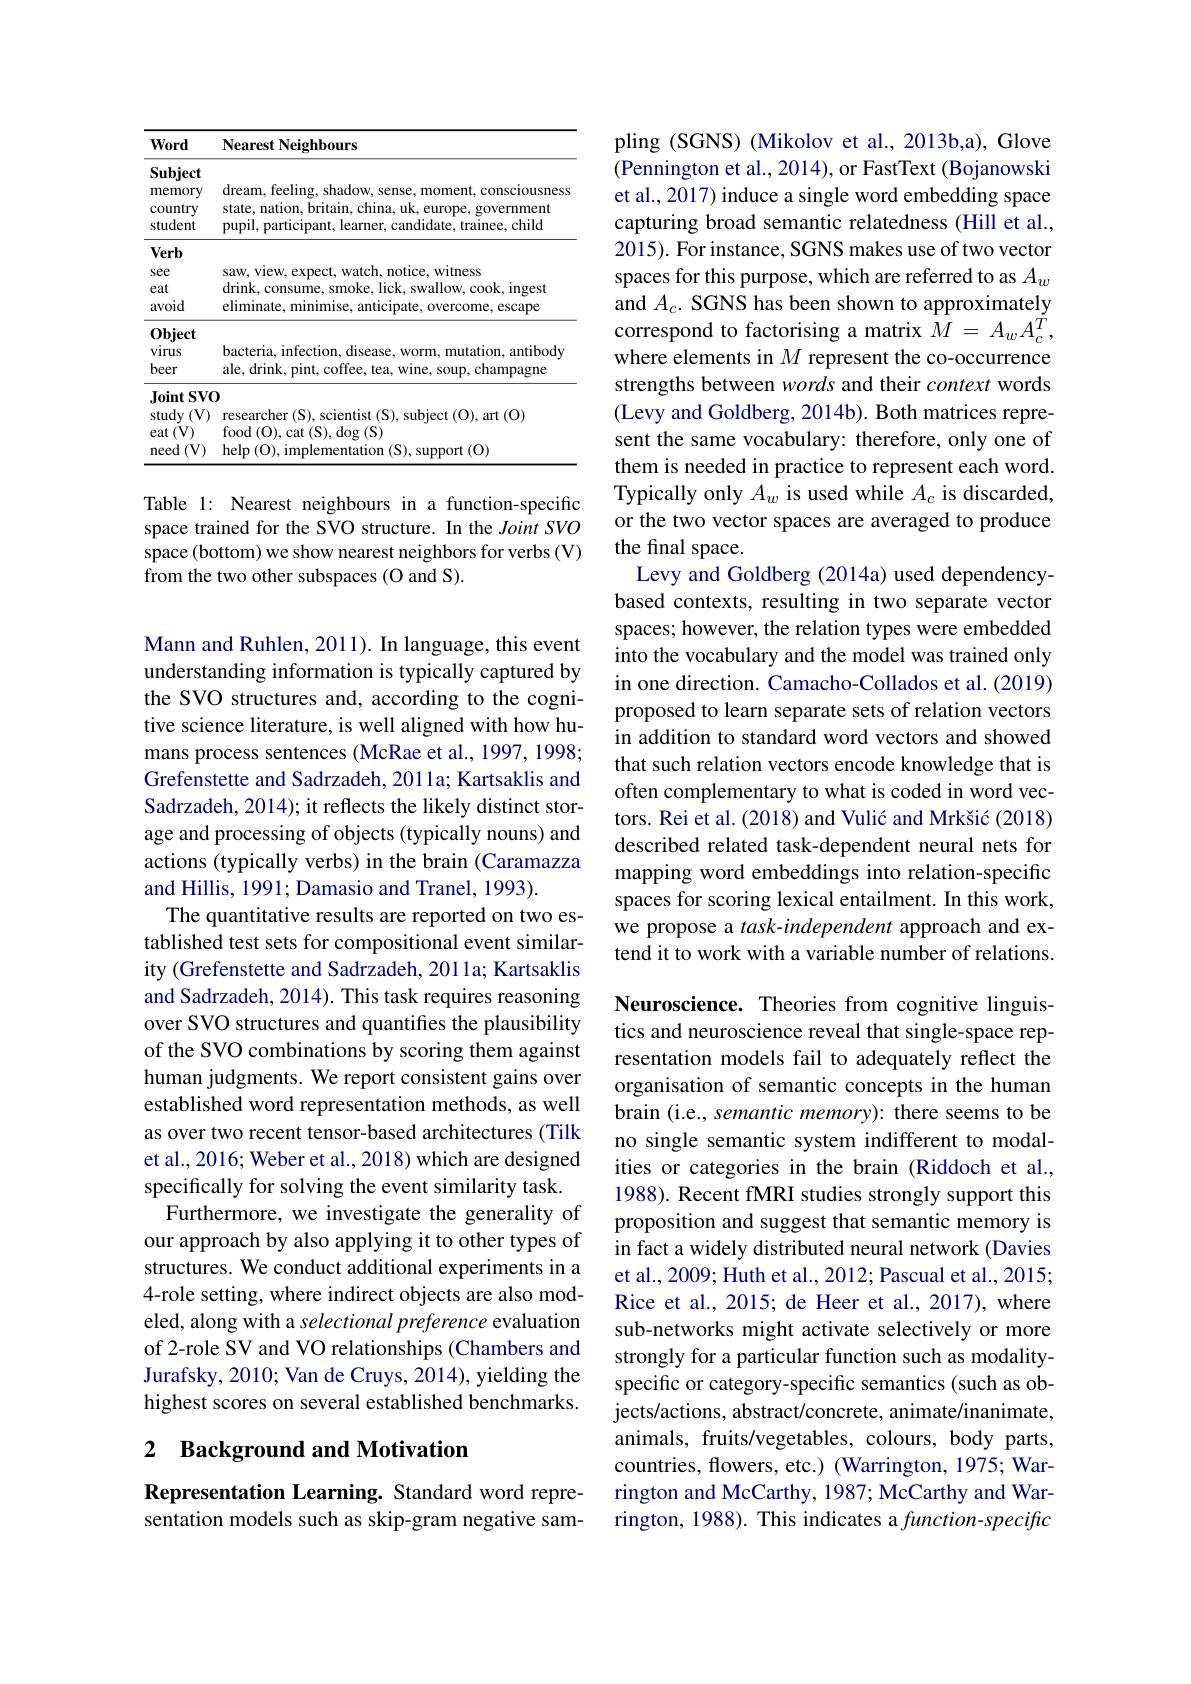
<table>
	<tbody>
		<tr>
			<th>Word</th>
			<th>Nearest Neighbours</th>
		</tr>
		<tr>
			<td>$\mathbf{Subject}$ memory country student</td>
			<td>dream, feeling, shadow, sense, moment, consciousness state, nation, britain, china, uk, europe, government pupil, participant, learner, candidate, trainee, child</td>
		</tr>
		<tr>
			<td>Verb see eat</td>
			<td>saw, view, expect, watch, notice, witness drink, consume, smoke, lick, swallow, cook, ingest</td>
		</tr>
		<tr>
			<td>$0bject$ vimis</td>
			<td> </td>
		</tr>
		<tr>
			<td>$JD_{\mathrm{d}}$ virus beer</td>
			<td>bacteria, infection, disease, worm, mutation, antibody ale, drink, pint, coffee, tea, wine, soup, champagne</td>
		</tr>
		<tr>
			<td>${\mathrm{Joint~SVC}}$ $\operatorname{study}\left(\mathrm{V}\right)$ eat (V) need 1(V) </td>
			<td>1 researcher (S), scientist (S), subject (O), art (O) $\operatorname{food}\left(\mathrm{O}\right),\operatorname{cat}\left(\mathrm{S}\right),\operatorname{dog}\left(\mathrm{S}\right)$ $\operatorname { help} ($O$) , \operatorname { implementation} ($S$) , \operatorname { support} ($O)</td>
		</tr>
	</tbody>
</table>

Table 1: Nearest neighbours in a function-specific space trained for the SVO structure. In the Joint SVO space (bottom) we show nearest neighbors for verbs (V) from the two other subspaces (O and S).

Mann and Ruhlen, 2011). In language, this event understanding information is typically captured by the SVO structures and, according to the cognitive science literature, is well aligned with how humans process sentences (McRae et al., 1997, 1998; Grefenstette and Sadrzadeh, 2011a; Kartsaklis and Sadrzadeh, 2014); it reflects the likely distinct storage and processing of objects (typically nouns) and actions (typically verbs) in the brain (Caramazza and Hillis, 1991; Damasio and Tranel, 1993).
The quantitative results are reported on two established test sets for compositional event similarity (Grefenstette and Sadrzadeh, 2011a; Kartsaklis and Sadrzadeh, 2014). This task requires reasoning over SVO structures and quantifes the plausibility of the SVO combinations by scoring them against human judgments. We report consistent gains over established word representation methods, as well as over two recent tensor-based architectures (Tilk et al., 2016; Weber et al., 2018) which are designed specifically for solving the event similarity task.
Furthermore, we investigate the generality of our approach by also applying it to other types of structures. We conduct additional experiments in a 4-role setting, where indirect objects are also modeled, along with a selectional preference evaluation of 2-role SV and VO relationships (Chambers and Jurafsky, 2010; Van de Cruys, 2014), yielding the highest scores on several established benchmarks.

## 2 Background and Motivation

Representation Learning. Standard word representation models such as skip-gram negative sam-

pling (SGNS) (Mikolov et al., 2013b,a), Glove (Pennington et al., 2014), or FastText (Bojanowski et al., 2017) induce a single word embedding space capturing broad semantic relatedness (Hill et al., 2015). For instance, SGNS makes use of two vector spaces for this purpose, which are referred to as $A_w$ and $A_c.$ SGNS has been shown to approximately correspond to factorising a matrix $\tilde{M}=A_wA_c^{\tilde{T}}$, where elements in $M$ represent the co-occurrence strengths between words and their context words (Levy and Goldberg, 2014b). Both matrices represent the same vocabulary: therefore, only one of them is needed in practice to represent each word. Typically only $A_w$ is used while $A_c$ is discarded, or the two vector spaces are averaged to produce the final space.
Levy and Goldberg (2014a) used dependencybased contexts, resulting in two separate vector spaces; however, the relation types were embedded into the vocabulary and the model was trained only in one direction. Camacho-Collados et al. (2019) proposed to learn separate sets of relation vectors in addition to standard word vectors and showed that such relation vectors encode knowledge that is often complementary to what is coded in word vectors. Rei et al. (2018) and Vulić and Mrkšić (2018) described related task-dependent neural nets for mapping word embeddings into relation-specific spaces for scoring lexical entailment. In this work, we propose a task-independent approach and extend it to work with a variable number of relations. Neuroscience. Theories from cognitive linguistics and neuroscience reveal that single-space representation models fail to adequately reflect the organisation of semantic concepts in the human brain (i.e., semantic memory): there seems to be no single semantic system indifferent to modalities or categories in the brain (Riddoch et al., 1988). Recent fMRI studies strongly support this proposition and suggest that semantic memory is in fact a widely distributed neural network (Davies et al., 2009; Huth et al., 2012; Pascual et al., 2015; Rice et al., 2015; de Heer et al., 2017), where sub-networks might activate selectively or more strongly for a particular function such as modalityspecific or category-specific semantics (such as objects/actions, abstract/concrete, animate/inanimate, animals, fruits/vegetables, colours, body parts,

countries, flowers, etc.) (Warrington, 1975; War-

rington and McCarthy, 1987; McCarthy and War-

rington, 1988). This indicates a $function-speciftc$